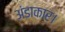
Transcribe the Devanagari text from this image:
अंडाकार।